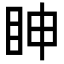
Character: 眒